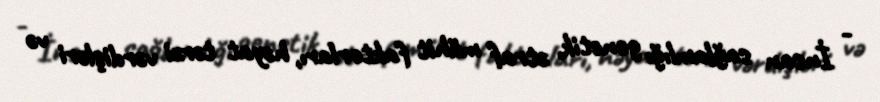
- İnsan sağlamlığı genetik, ətraf mühit faktorları, həyat tərzi vərdişləri və